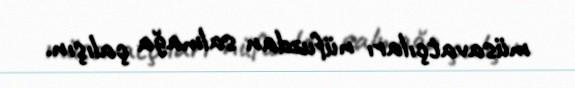
müsavatçıları nüfuzdan salmağa çalışın.